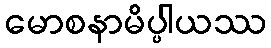
မောစနာမိပ္ပါယဿ